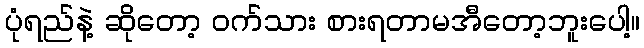
ပုံရည်နဲ့ ဆိုတော့ ဝက်သား စားရတာမအီတော့ဘူးပေါ့။